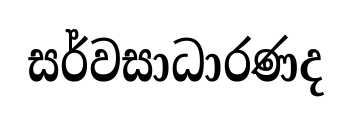
සර්වසාධාරණද